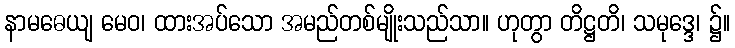
နာမဓေယျ မေဝ၊ ထားအပ်သော အမည်တစ်မျိုးသည်သာ။ ဟုတွာ တိဋ္ဌတိ၊ သမုဒ္ဒေ၊ ၌။